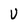
Character: U